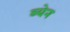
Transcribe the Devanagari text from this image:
ब्येन